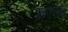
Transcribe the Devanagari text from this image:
मनोकांक्षा